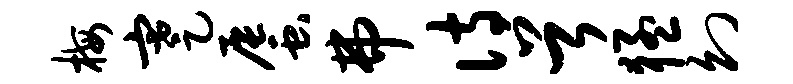
梅蹇蜃弗诗首猛幻